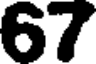
67